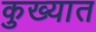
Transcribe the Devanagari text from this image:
कुख्‍यात